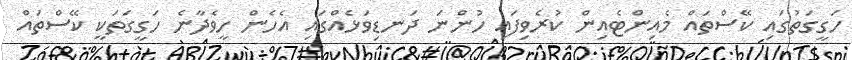
ހަގީގަތުގައި ކޭސްތައް މެއިންޓެއިން ކުރެވިފައި ހުންނަ ދަނޑިވަޅެއްގައި އެހެން ހީވެދާނެ ހަގީގަތަކީ ކޭސްތައް